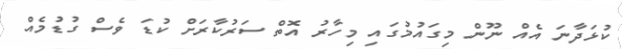
ކުޅަދާނަ އެއް ނޫން މިގައުމުގައި މިހާރު އޮތް ސަރުކާރަށް ކުޑަ ވެސް ގުޑުމެއް